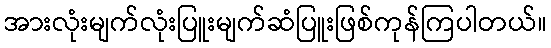
အားလုံးမျက်လုံးပြူးမျက်ဆံပြူးဖြစ်ကုန်ကြပါတယ်။